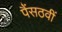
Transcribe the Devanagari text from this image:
पैंसठवीं